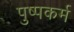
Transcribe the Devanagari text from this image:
पुष्पकर्म